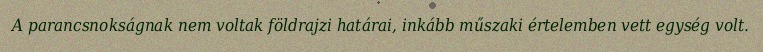
A parancsnokságnak nem voltak földrajzi határai, inkább műszaki értelemben vett egység volt.